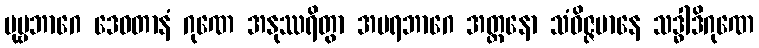
ပုဗ္ဗဘာဂေ ဒေဝတာနံ ဂုဏေ အနုဿရိတွာ အပရဘာဂေ အတ္တနော သံဝိဇ္ဇမာနေ သဒ္ဓါဒိဂုဏေ